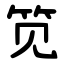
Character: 笕